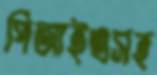
পিআইএসহ